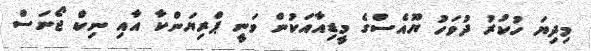
މިދިޔަ ހުކުރު ދުވަހު ޔޫއެސްގެ މީޑިއާއަކުން ވަނީ ޕްރިޔަންކާ އާއި ނިކް ޖޯނަސް